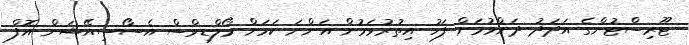
ޓޫރިސްޓުންގެ އަދަދު ދަށްވުމަށް ފަހު އިތުރުވަމުން އަންނަ ކަމަށް މޯލްޑިވްސް އެސޯސިއޭޝަން އޮފް